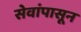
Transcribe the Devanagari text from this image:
सेवांपासून